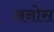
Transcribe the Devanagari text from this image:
अनोस